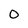
Character: O